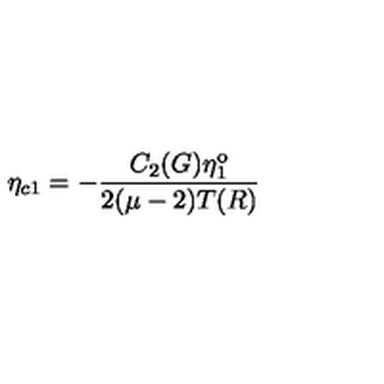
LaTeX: \eta _ { c 1 } = - \frac { C _ { 2 } ( G ) \eta _ { 1 } ^ { \mathrm { o } } } { 2 ( \mu - 2 ) T ( R ) }